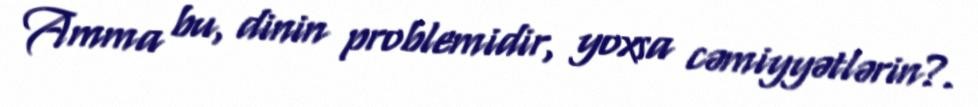
Amma bu, dinin problemidir, yoxsa cəmiyyətlərin?.